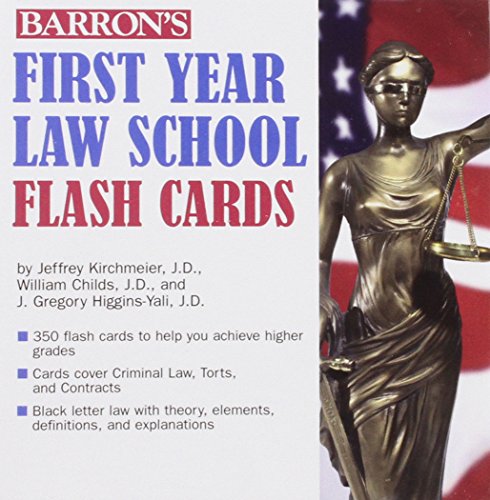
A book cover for Barron's First Year Law School Flash Cards: 350 Cards with Questions & Answers; Jeffrey L. Kirchmeier; Test Preparation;